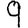
Digit: 9